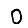
Digit: 0